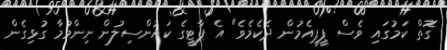
ގޮތް ކަމުގައި ވެސް ޕީޕީއެމުން ދެކެމެވެ" އެ ޕާޓީގެ ކައުންސިލުން ނިންމުމާ ގުޅިގެން